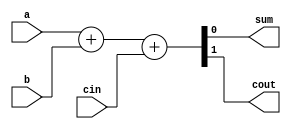
module full_adder (
  input wire a,
  input wire b,
  input wire cin,
  output wire sum,
  output wire cout
);

  assign {cout, sum} = a + b + cin;

endmodule

module ripple_carry_adder_4bit (
  input wire [3:0] A, // 4-bit input A
  input wire [3:0] B, // 4-bit input B
  output wire [3:0] S, // 4-bit sum output
  output wire Cout // Carry-out
);

  wire [3:0] cout; // Carry-out from each full adder

  full_adder fa0 (.a(A[0]), .b(B[0]), .cin(1'b0), .sum(S[0]), .cout(cout[0]));
  full_adder fa1 (.a(A[1]), .b(B[1]), .cin(cout[0]), .sum(S[1]), .cout(cout[1]));
  full_adder fa2 (.a(A[2]), .b(B[2]), .cin(cout[1]), .sum(S[2]), .cout(cout[2]));
  full_adder fa3 (.a(A[3]), .b(B[3]), .cin(cout[2]), .sum(S[3]), .cout(Cout));

endmodule